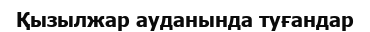
Қызылжар ауданында туғандар